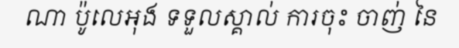
ណា ប៉ូលេអុង ទទួលស្គាល់ ការចុះ ចាញ់ នៃ